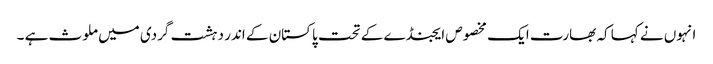
انہوں نے کہا کہ بھارت ایک مخصوص ایجنڈے کے تحت پاکستان کے اندر دہشت گردی میں ملوث ہے ۔